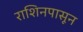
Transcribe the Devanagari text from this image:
राशिनपासून